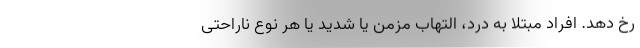
رخ دهد. افراد مبتلا به درد، التهاب مزمن یا شدید یا هر نوع ناراحتی